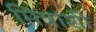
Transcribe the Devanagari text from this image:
मित्रांशी